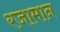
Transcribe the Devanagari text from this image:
रजामान